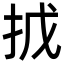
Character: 㧔